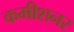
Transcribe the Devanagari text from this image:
कमीशनर